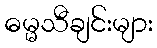
ဓမ္မသီချင်းများ